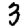
Digit: 3